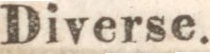
Diverse.